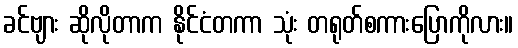
ခင်ဗျား ဆိုလိုတာက နိုင်ငံတကာ သုံး တရုတ်စကားပြောကိုလား။